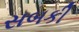
સબકી